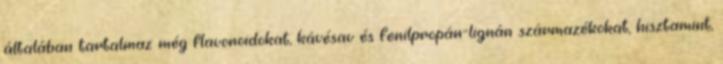
általában tartalmaz még flavonoidokat, kávésav és fenilpropán-lignán származékokat, hisztamint,